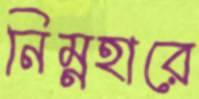
নিম্নহারে